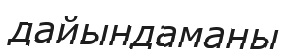
дайындаманы